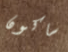
ساكون